Vaccination in Bombay 1902-1912 - 1902-1912
Year: 1902
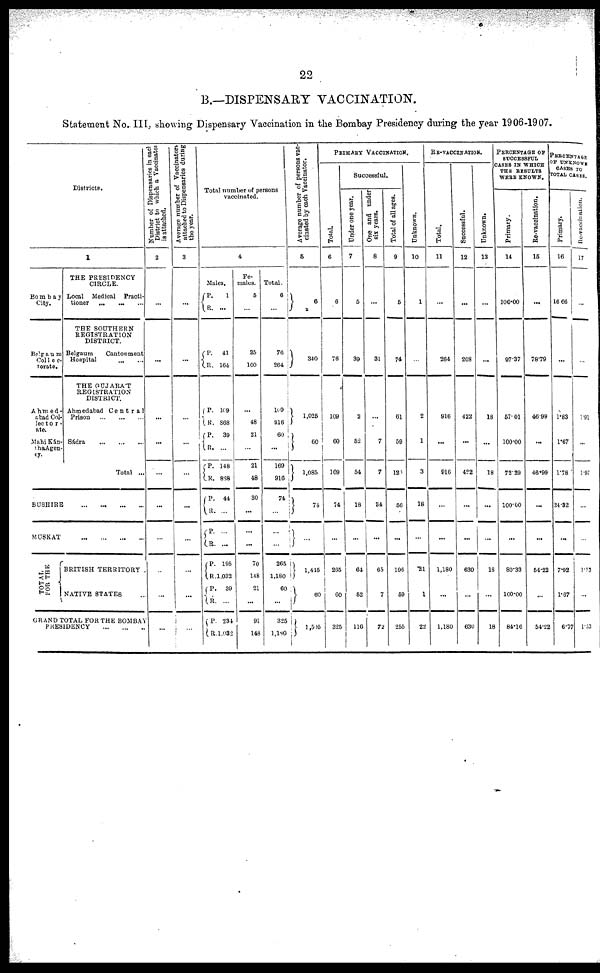
22
B.—DISPENSARY VACCINATION.
Statement No. III, showing Dispensary Vaccination in the Bombay Presidency during the year 1906-1907.
Districts.
1
Bombay
City.
Belgaum
Col1ec¬
torate.
Ahmed ¬
abad Col¬
lector ¬
ate.
Mahi Kán¬
tha Agen¬
cy.
THE PRESIDENCY
CIRCLE.
Local Medical
Practi-
tioner
...
... ...
THE SOUTHERN
REGISTRATION
DISTRICT.
Belgaum
Cantonment
Hospital ... ...
THE GUJARÁT
REGISTRATION
DISTRICT.
Ahmedabad
Central
Prison
...
...
...
Sádra
...
...
...
Total ...
BUSHIRE
...
...
...
...
MUSKAT
...
...
...
...
TOTAL
FOR THE
BRITISH TERRITORY
NATIVE STATES
GRAND TOTAL FOR THE BOMBAY
PRESIDENCY
...
...
...
Number of Dispensaries in each
District to which a Vaccinator
is attached.
2
...
...
...
...
...
...
...
...
...
...
Ave r
a ge number of Vaccinators
attached to Di s p e n s a r i e s dur i
ng
the year.
3
...
...
...
...
...
...
...
...
Total number of person
vaccinated.
4
Ma
l
es.
P.
R.
P.
R.
P.
R.
P.
R.
P.
R.
P.
R.
P.
R.
P.
R.
P.
R.
P.
R.
1
...
41
164
109
868
39
...
148
868
44
...
...
...
195
1,032
39
...
234
1,032
Fe¬
males.
5
35
100
...
48
21
...
21
48
30
...
...
...
70
148
21
...
91
148
Total.
6
76
264
109
916
60
...
169
916
74
...
...
...
265
1,180
60
...
325
1,180
Average number of persons vac-
cinated by each Vaccinator.
5
6
340
1,025
60
1,085
74
...
1,445
60
1,505
PRIMARY VACCINATION.
Total.
6
6
76
109
60
169
74
...
265
60
325
Successful.
Under one year.
7
5
39
2
52
54
18
...
64
52
116
One and under
six years.
8
...
31
...
7
7
34
...
65
7
72
Total of all ages.
9
5
74
61
59
120
56
...
196
59
255
Unknown.
10
1
...
2
1
3
18
...
.21
1
22
RE-VACCINATION.
Total.
11
...
264
916
...
916
...
...
1,180
...
1,180
Successful.
12
...
208
422
...
422
...
...
630
...
630
Unknown.
13
...
...
18
...
18
...
...
18
...
18
PERCENTAGE OF
SUCCESSFUL
CASES IN WHICH
THE RESULTS
WERE KNOWN.
Primary.
14
100.00
97.37
57.01
100.00
72.29
100.00
...
80.33
100.00
84.16
Re-vaccination.
15
...
78.79
46.99
...
46.99
...
...
54.22
54.22
PERCENTAGE
OF UNKNOWN
CASES TO
TOTAL CASES.
Primary.
16
16.66
...
1.83
1.67
1.78
24.32
...
7.92
1.67
6.75
Re-vaccination.
17
...
...
1.91
...
1.97
...
...
1.53
...
1.53